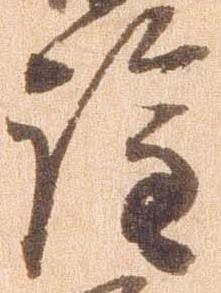
詮